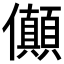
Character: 𠑘